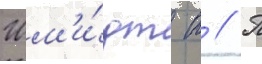
Шм'и́дт п // П